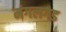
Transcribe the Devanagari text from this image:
मंगलगड